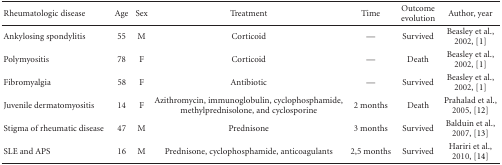
<table><thead><tr><td><b>Rheumatologic disease</b></td><td><b>Age</b></td><td><b>Sex</b></td><td><b>Treatment</b></td><td><b>Time</b></td><td><b>Outcome evolution</b></td><td><b>Author, year</b></td></tr></thead><tbody><tr><td>Ankylosing spondylitis</td><td>55</td><td>M</td><td>Corticoid</td><td>—</td><td>Survived</td><td>Beasley et al., 2002, [1]</td></tr><tr><td>Polymyositis</td><td>78</td><td>F</td><td>Corticoid</td><td>—</td><td>Death</td><td>Beasley et al., 2002, [1]</td></tr><tr><td>Fibromyalgia</td><td>58</td><td>F</td><td>Antibiotic</td><td>—</td><td>Survived</td><td>Beasley et al., 2002, [1]</td></tr><tr><td>Juvenile dermatomyositis</td><td>14</td><td>F</td><td>Azithromycin, immunoglobulin, cyclophosphamide, methylprednisolone, and cyclosporine</td><td>2 months</td><td>Death</td><td>Prahalad et al., 2005, [12]</td></tr><tr><td>Stigma of rheumatic disease</td><td>47</td><td>M</td><td>Prednisone</td><td>3 months</td><td>Survived</td><td>Balduin et al., 2007, [13]</td></tr><tr><td>SLE and APS</td><td>16</td><td>M</td><td>Prednisone, cyclophosphamide, anticoagulants</td><td>2,5 months</td><td>Survived</td><td>Hariri et al., 2010, [14]</td></tr></tbody></table>